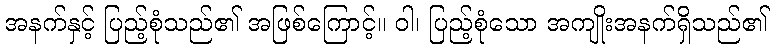
အနက်နှင့် ပြည့်စုံသည်၏ အဖြစ်ကြောင့်။ ဝါ၊ ပြည့်စုံသော အကျိုးအနက်ရှိသည်၏